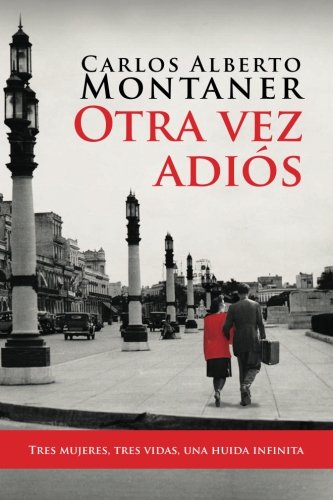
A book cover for Otra vez adiÃ³s (Spanish Edition); Carlos Alberto Montaner; Literature & Fiction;